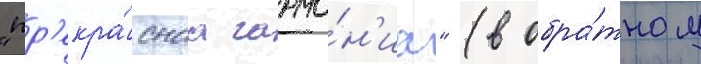
"пр'екра́снаа гармо́н'иа" (в обра́тном